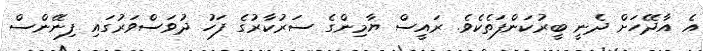
އެ އާދޭހަށް ދެނީ ބީރުކަންފަތެކެވެ. ރައީސް ޔާމިންގެ ސަރުކާރުގެ ފަހު ދުވަސްވަރުގައި ފިނޭންސް